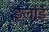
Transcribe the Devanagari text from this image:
इलोई